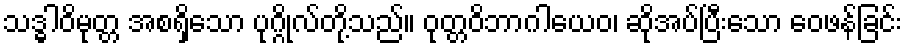
သဒ္ဓါဝိမုတ္တ အစရှိသော ပုဂ္ဂိုလ်တို့သည်။ ဝုတ္တဝိဘာဂါယေဝ၊ ဆိုအပ်ပြီးသော ဝေဖန်ခြင်း